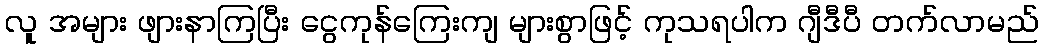
လူ အများ ဖျားနာကြပြီး ငွေကုန်ကြေးကျ များစွာဖြင့် ကုသရပါက ဂျီဒီပီ တက်လာမည်